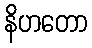
နိဟတော